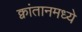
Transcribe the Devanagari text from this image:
क्वांतानमध्ये